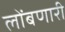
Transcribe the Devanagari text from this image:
लोंबणारी